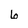
Character: 6